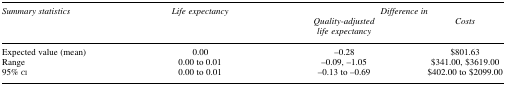
| Summary statistics | Life expectancy | <COLSPAN=2> Difference in |
 |  |  | Quality-adjusted life expectancy | Costs |
 | --- | --- | --- | --- |
 | Expected value (mean) | 0.00 | −0.28 | $801.63 |
 | Range | 0.00 to 0.01 | −0.09, −1.05 | $341.00, $3619.00 |
 | 95% CI | 0.00 to 0.01 | −0.13 to −0.69 | $402.00 to $2099.00 |